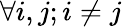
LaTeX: \forall i,j;i\neq j